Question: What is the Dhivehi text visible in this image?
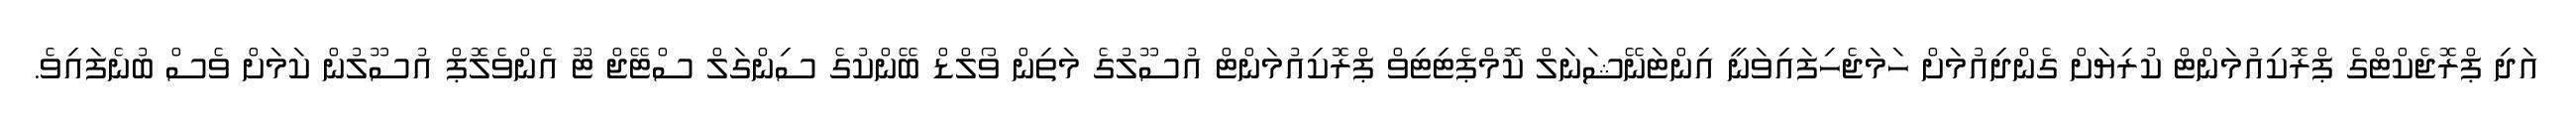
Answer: އަދި ޕްރޮޖެކްޓްގެ ޕްރޮކިއުމަންޓް ކުރިޔަށް ގެންދިއުމަށް ހަމަޖެހިފައިވަނީ އިންޓަނޭޝަނަލް ކޮމްޕެޓިޓިވް ޕްރޮކިއުމަންޓް އުސޫލުގެ މަތިން ވޯލްޑް ބޭންކުގެ ސިންގަލް ސްޓޭޖް ޓޫ އެންވެލޮޕް އުސޫލުން ކަމަށް ވެސް ބުނެފައިވެ.